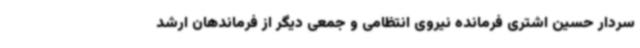
سردار حسین اشتری فرمانده نیروی انتظامی و جمعی دیگر از فرماندهان ارشد